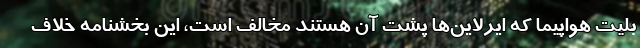
بلیت هواپیما که ایرلاین‌ها پشت آن هستند مخالف است، این بخشنامه خلاف